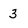
Character: 3